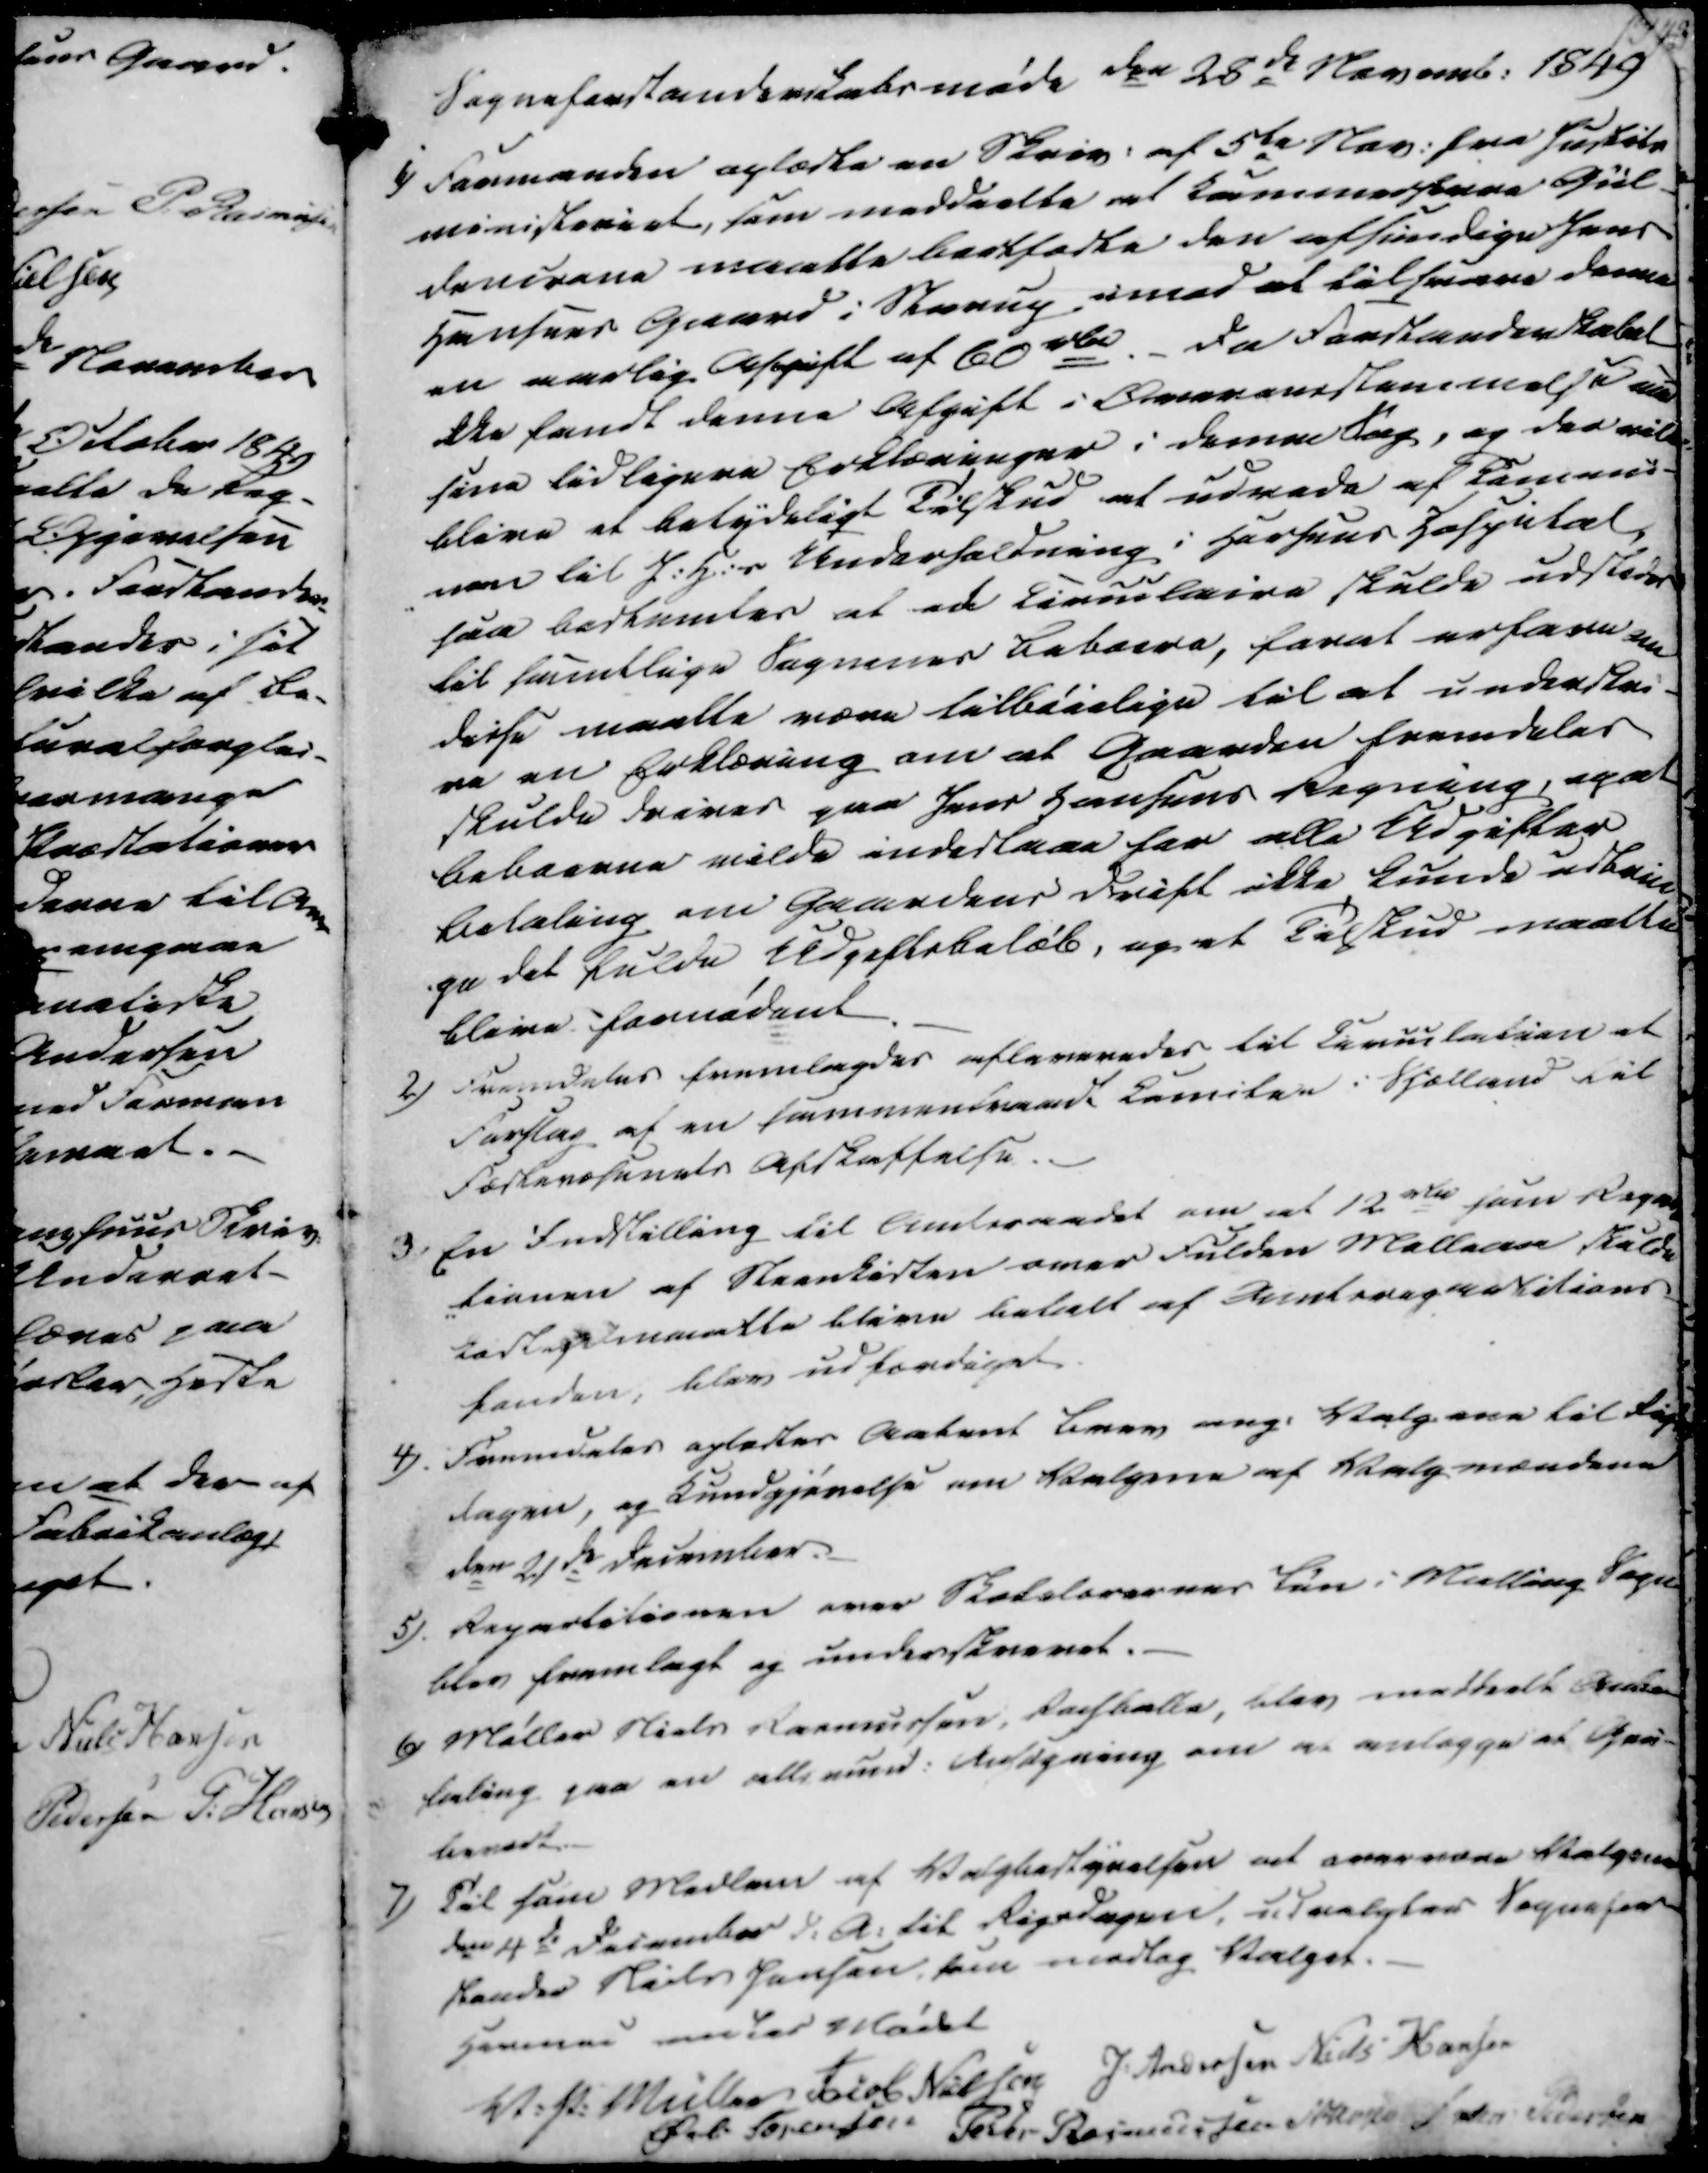
Transskription:
Sogneforstanderskabsmøde den 28de Novemb. 1849
1) Formanden oplæste en Skriv. af 5te Nov. fra Justits
ministeriet, som meddeelte at Kammerherre Gül-
dencrone maatte bortfeste den afsindige Jens
Hansens Gaard i Starup imod at tilsvare denne 
en aarlig Afgift af 60 rda. Da Forstanderskabet
ikke fandt denne Afgift i Overenestemmelse med
sine tidligere Erklæringer i denne Sag, og der ville
blive et betydeligt Tilskud at udrede af Commu-
nen til J.H.s Underholdning i Horsens Hospital,
saa bestemtes at et Circulaire skulde udstedes
til samtlige Sognenes Beboere, forat erfare om
disse maatte være tilbøielige til at underskri
ve en Erklæring om at Gaarden fremdeles
skulde drives paa Jens Hansens Regning, og at
Beboerne vilde indestaae for alle Udgifter
Betaling om Gaardens Drift ikke kunde udbaie
-ge det fulde udgiftsbeløb, og et Tilskud maatte 
blive fornødent

2) Fremdeles fremlagdes afleveredes til Circulation at
Forslag af en sammentraadt Comiten i Sjælland til
Fæstevæsenets Afskaffelse
3) En Indstilling til Amtsraadet om at 12 rda som Repara
-tionen af Steenkisten over Fulden Mellere skulde
koste, maatte blive betalt af Amtsrepartitions
fonden, blev udfærdiget.
4). Fremdeles oplæstes Aabent Brev ang. Valgene til Rigs
dagen, og kundgjørelse om Valgene af Valgmændene
den 21de December.
5). Repartitionen over Skolelærernes Løn i Malling Sogn
blev fremlagt og underskrevet.
6) Møller Niels Rasmussen, Refsballe, blev meddeelt Anbe-
faling paa en allenmd. Ansøgning om at anlægge et Gru-
beredt.
7) Til som Medlem af Valgbestyrelsen at overvære Valgene
den 4de December d.A. til Rigsdagen, udvalgtes Sognefor-
stander Niels Jensen, som modtog Valget.

Hermed endtes Mødet
V. P. Müller
Jacob Nielsen
J. Andersen
Niels Hansen
Øvli Sørensen
Peder Rasmussen
N. Jensen
Anders Pedersen